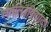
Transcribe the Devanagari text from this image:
लैमेलिब्रैंकियाटा